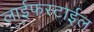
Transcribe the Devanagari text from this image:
लाईफस्टाईल